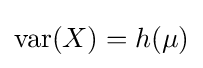
\operatorname {var} (X)=h(\mu )